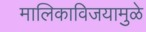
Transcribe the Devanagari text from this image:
मालिकाविजयामुळे